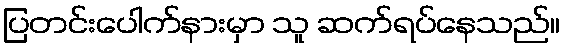
ပြတင်းပေါက်နားမှာ သူ ဆက်ရပ်နေသည်။